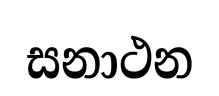
සනාථන